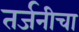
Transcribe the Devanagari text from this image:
तर्जनीचा